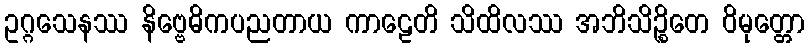
ဥဂ္ဂသေနဿ နိဗ္ဗေဓိကပညတာယ ကာဠေတိ သိထိလဿ အဘိသိဉ္စိတေ ဝိမုတ္တော